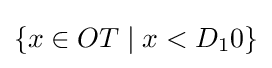
\{x\in OT\;|\;x<D_{1}0\}